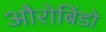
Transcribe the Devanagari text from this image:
औरोबिंडो